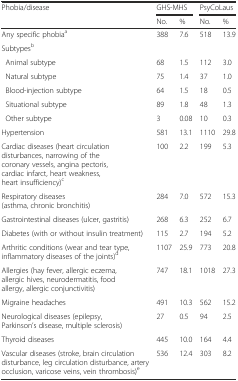
<table><thead><tr><td rowspan="2"><b>Phobia/disease</b></td><td colspan="2"><b>GHS-MHS</b></td><td colspan="2"><b>PsyCoLaus</b></td></tr><tr><td><b>No.</b></td><td><b>%</b></td><td><b>No.</b></td><td><b>%</b></td></tr></thead><tbody><tr><td>Any specific phobia<sup>a</sup></td><td>388</td><td>7.6</td><td>518</td><td>13.9</td></tr><tr><td>Subtypes<sup>b</sup></td><td></td><td></td><td></td><td></td></tr><tr><td> Animal subtype</td><td>68</td><td>1.5</td><td>112</td><td>3.0</td></tr><tr><td> Natural subtype</td><td>75</td><td>1.4</td><td>37</td><td>1.0</td></tr><tr><td> Blood-injection subtype</td><td>64</td><td>1.5</td><td>18</td><td>0.5</td></tr><tr><td> Situational subtype</td><td>89</td><td>1.8</td><td>48</td><td>1.3</td></tr><tr><td> Other subtype</td><td>3</td><td>0.08</td><td>10</td><td>0.3</td></tr><tr><td>Hypertension</td><td>581</td><td>13.1</td><td>1110</td><td>29.8</td></tr><tr><td>Cardiac diseases (heart circulation disturbances, narrowing of the coronary vessels, angina pectoris, cardiac infarct, heart weakness, heart insufficiency)<sup>c</sup></td><td>100</td><td>2.2</td><td>199</td><td>5.3</td></tr><tr><td>Respiratory diseases (asthma, chronic bronchitis)</td><td>284</td><td>7.0</td><td>572</td><td>15.3</td></tr><tr><td>Gastrointestinal diseases (ulcer, gastritis)</td><td>268</td><td>6.3</td><td>252</td><td>6.7</td></tr><tr><td>Diabetes (with or without insulin treatment)</td><td>115</td><td>2.7</td><td>194</td><td>5.2</td></tr><tr><td>Arthritic conditions (wear and tear type, inflammatory diseases of the joints)<sup>d</sup></td><td>1107</td><td>25.9</td><td>773</td><td>20.8</td></tr><tr><td>Allergies (hay fever, allergic eczema, allergic hives, neurodermatitis, food allergy, allergic conjunctivitis)</td><td>747</td><td>18.1</td><td>1018</td><td>27.3</td></tr><tr><td>Migraine headaches</td><td>491</td><td>10.3</td><td>562</td><td>15.2</td></tr><tr><td>Neurological diseases (epilepsy, Parkinson’s disease, multiple sclerosis)</td><td>27</td><td>0.5</td><td>94</td><td>2.5</td></tr><tr><td>Thyroid diseases</td><td>445</td><td>10.0</td><td>164</td><td>4.4</td></tr><tr><td>Vascular diseases (stroke, brain circulation disturbance, leg circulation disturbance, artery occlusion, varicose veins, vein thrombosis)<sup>e</sup></td><td>536</td><td>12.4</td><td>303</td><td>8.2</td></tr></tbody></table>